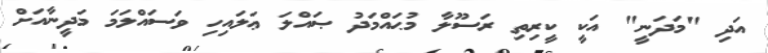
އަދި "މަދަނީ" އަކީ ކީރިތި ރަސޫލާ މުޙައްމަދު ޞައްލަ ޢަލައިހި ވަސައްލަމަ މަދީނާއަށް